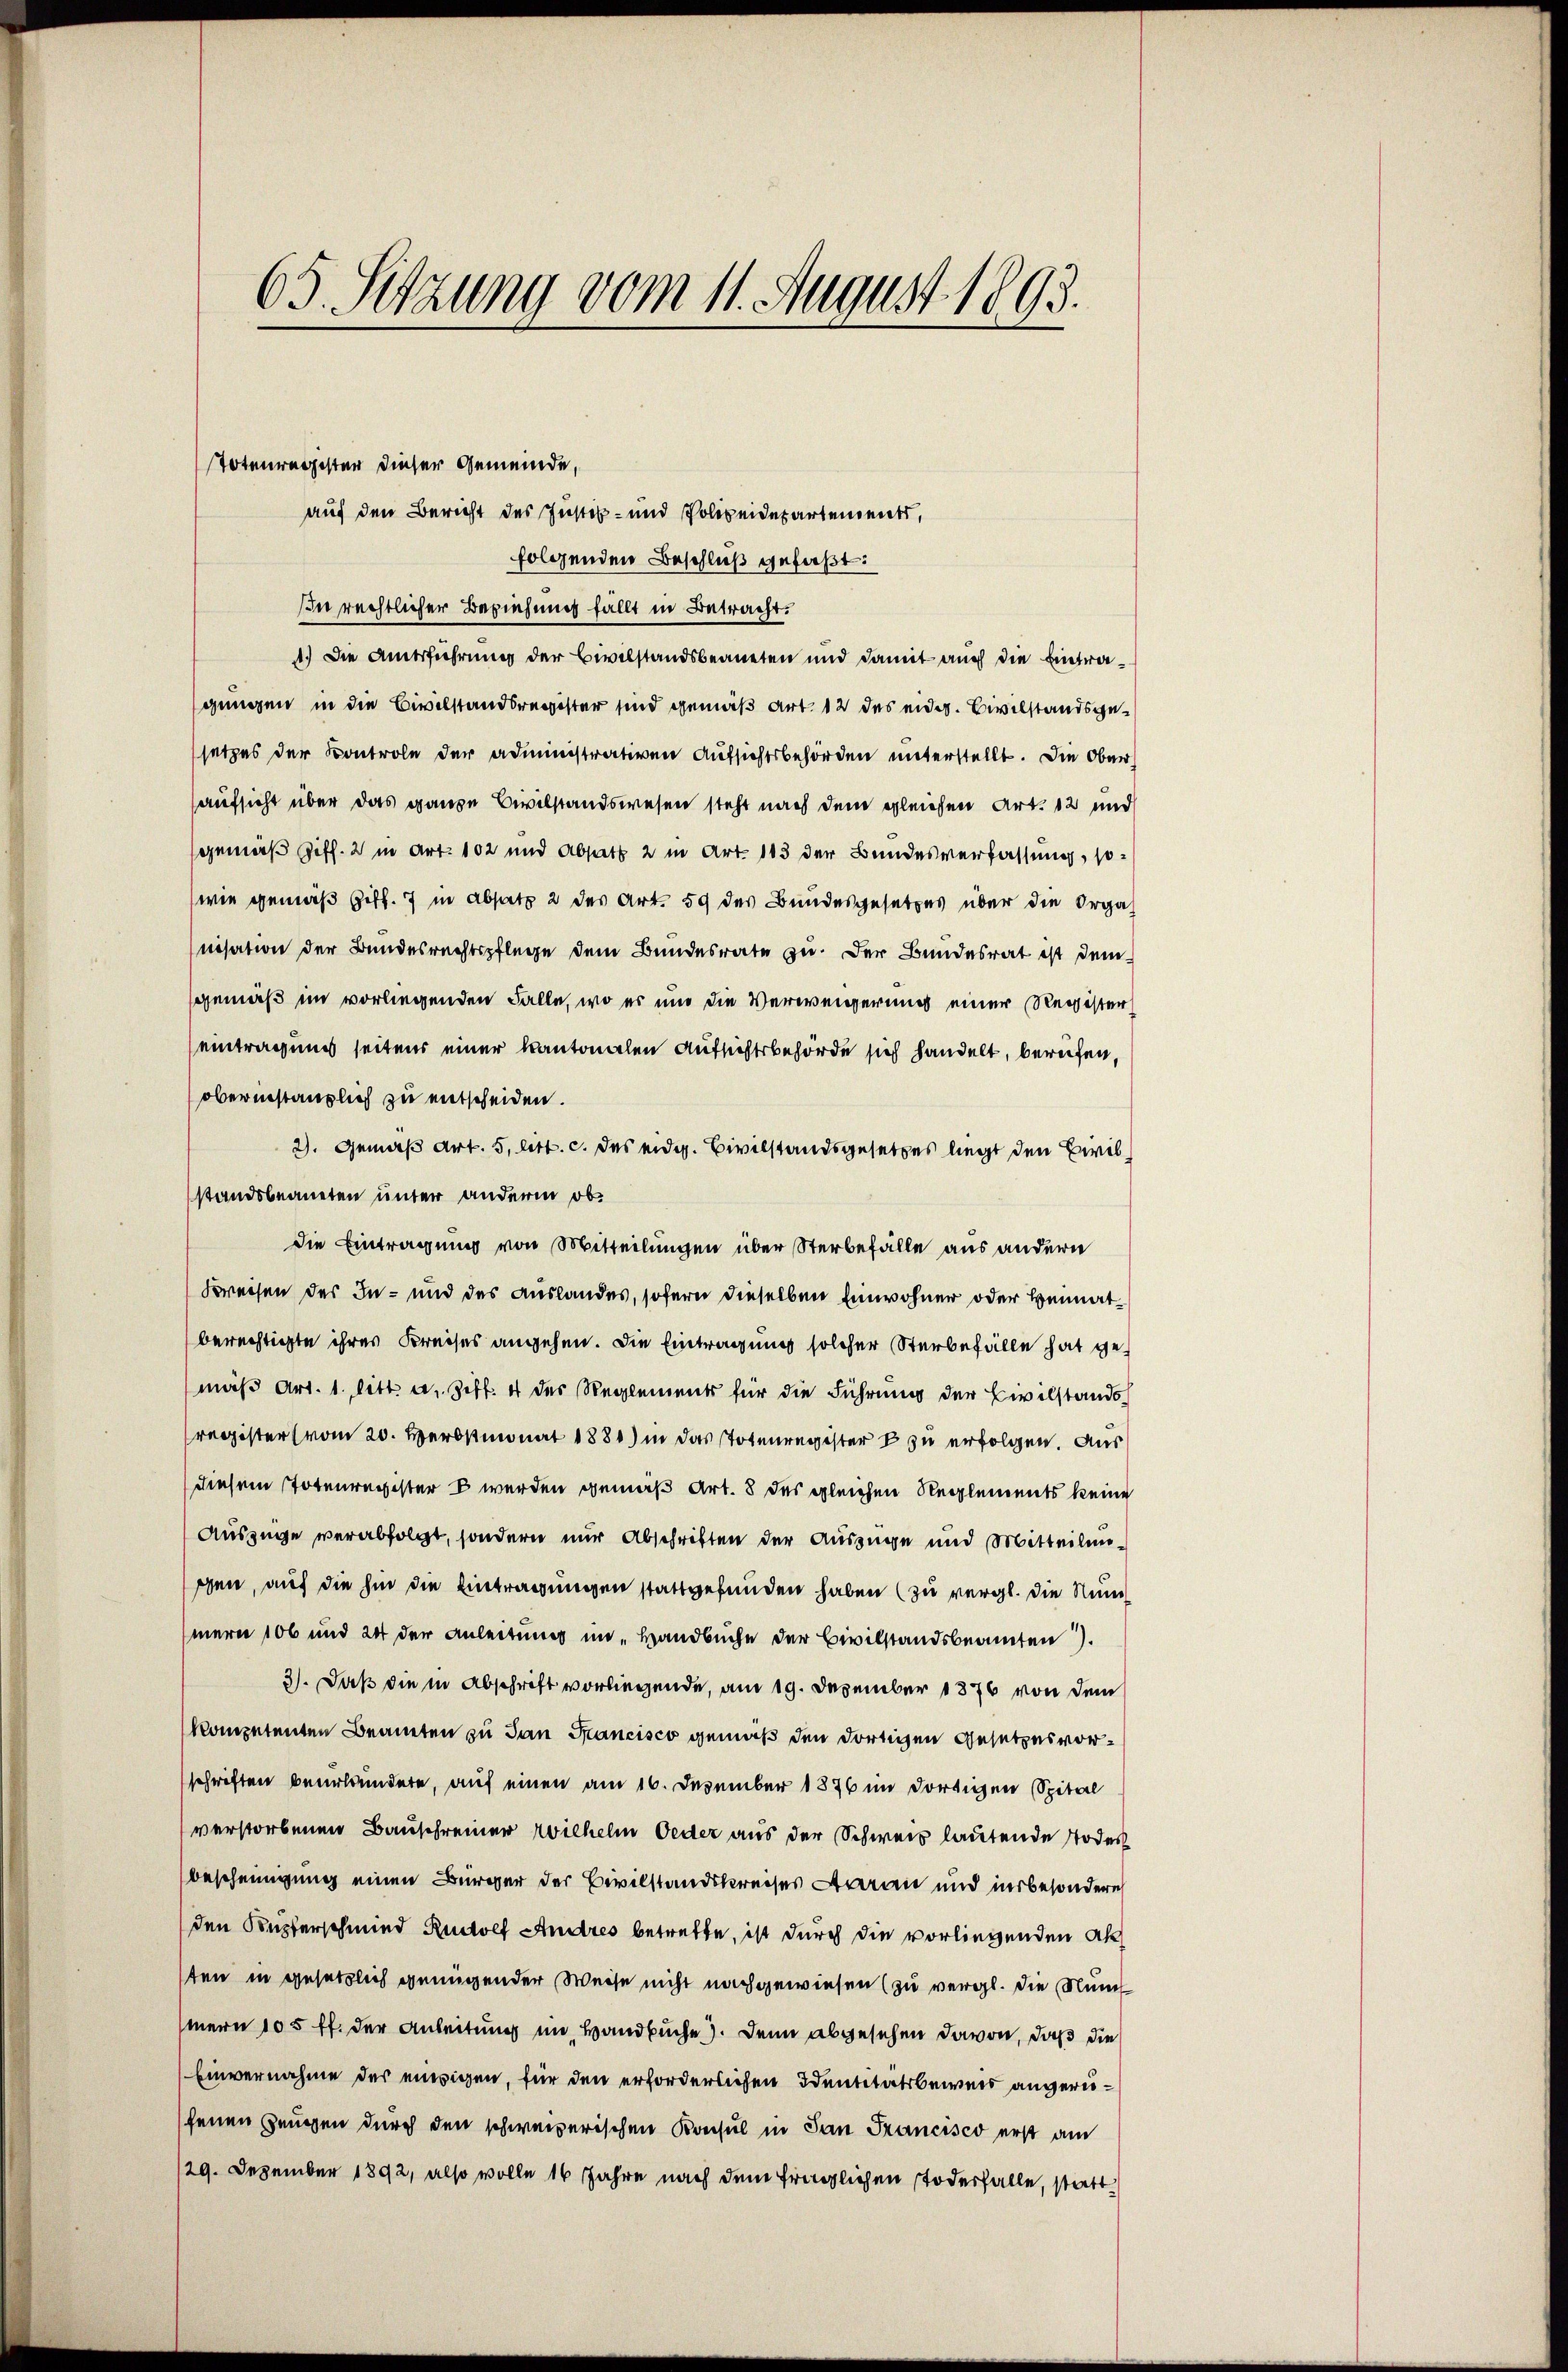
65. Setzung vom 11. August 1893.

Totenregister dieser Gemeinde,
auf den Bericht des Justiz- und Polizeidepartements,
folgenden Beschluß gefaßt:
Iin rechtlicher Beziehung fällt in Betracht.
1.) Die Amtsführung der Civilstandsbeaneten und damit auch die Eintragungen in die Civilstandsregister sind gemäß Art. 12 des eidg. Civilstandsgesetzes der Kontrole der administrativen Aufsichtsbehörden unterstellt. Die Ober
aufsicht über das ganze Civilstandswesen steht nach dem gleichen Art. 12 und
gemäß Ziff. 2 in Art. 102 und Absatz 2 in Art. 113 der Bundesverfassung, so¬
(wie gemäß Ziff. 7 in Absatz 2 des Art. 59 des Bundesgesetzes über die Orga
nisation der Bundesrechtspflege dem Bundesrate zu. Der Bundesrat ist demsgemäß im vorliegenden Falle, wo es und die Verweigerung einer Register
eintragung seitens einer kantonalen Aufsichtsbehörde sich handelt, berufen,
oberstanzlich zu entscheiden.
2). Gemäß Art. 5. litt. c. des eidg. Civilstandsgesetzes liegt den Civilstandsbeaneten unter anderm ob
die Eintragung von Mitteilungen über Sterbefälle aus andern
Kreisen des In- und des Auslandes, sofern dieselben Einwohner oder Heimatberechtigte ihres Kreises angehen. Die Eintragung solcher Sterbefälle hat gemäß Art. 1. litt. a. Ziff. 4 des Reglements für die Führung der Civilstandsregister (vom 20. Herbstmonat 1881) in das Totenregister zu erfolgen. Aus
diesem Totenregister u werden gemäß Art. 8 des gleichen Reglements keine
Auszüge verabfolgt, sondern nur Abschriften der Auszüge und Mitteilungchen, auf die hin die Eintragungen stattgefunden haben (zu vergl. die Nummern 106 und 24 der Anleitung im „Handbuche der Civilstandsbeamten).
3). Daß die in Abschrift vorliegende, am 19. Dezember 1876 von dem
kompetenten Beamten zu San Francisco gemäß den dortigen Gesetzesvorschriften beerbundete, auf einen am 16. Dezember 1876 im dortigen Spital
verstorbenen Bauschreiner Wilhelm Oeder aus der Schweiz lautende Todesbescheinigung einen Bürger der Civilstandskreises Aaran und insbesondere
den Kupferschmied Rudolf Andres betreffe, ist durch die vorliegenden Ak
ten in gesetzlich genügender Weise nicht nachgewiesen (zu vergl. die Num
mern 105 ff. der Anleitung im Handbuche). Denn abgesehen davon, daß die
Einvernahme der einigen, für den erforderlichen Identitätsbeweis angewiefenen Zeugen durch den schweizerischen Konsul in San Francisco erst am
/29. Dezember 1892, also wolle 16 Jahre nach dem fraglichen Todesfalle, statt